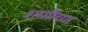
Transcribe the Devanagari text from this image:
शम्मीच्या